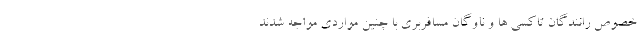
خصوص رانندگان تاکسی ها و ناوگان مسافربری با چنین مواردی مواجه شدند